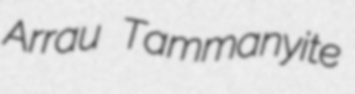
Arrau Tammanyite